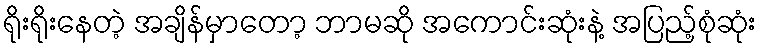
ရိုးရိုးနေတဲ့ အချိန်မှာတော့ ဘာမဆို အကောင်းဆုံးနဲ့ အပြည့်စုံဆုံး